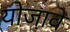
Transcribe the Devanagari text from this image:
योजावे